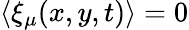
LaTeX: \langle\xi_{\mu}(x,y,t)\rangle=0